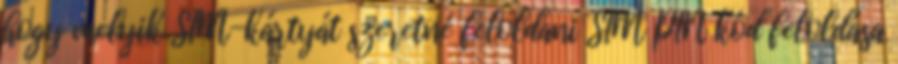
hogy melyik SIM-kártyát szeretné feloldani SIM PIN kód feloldása